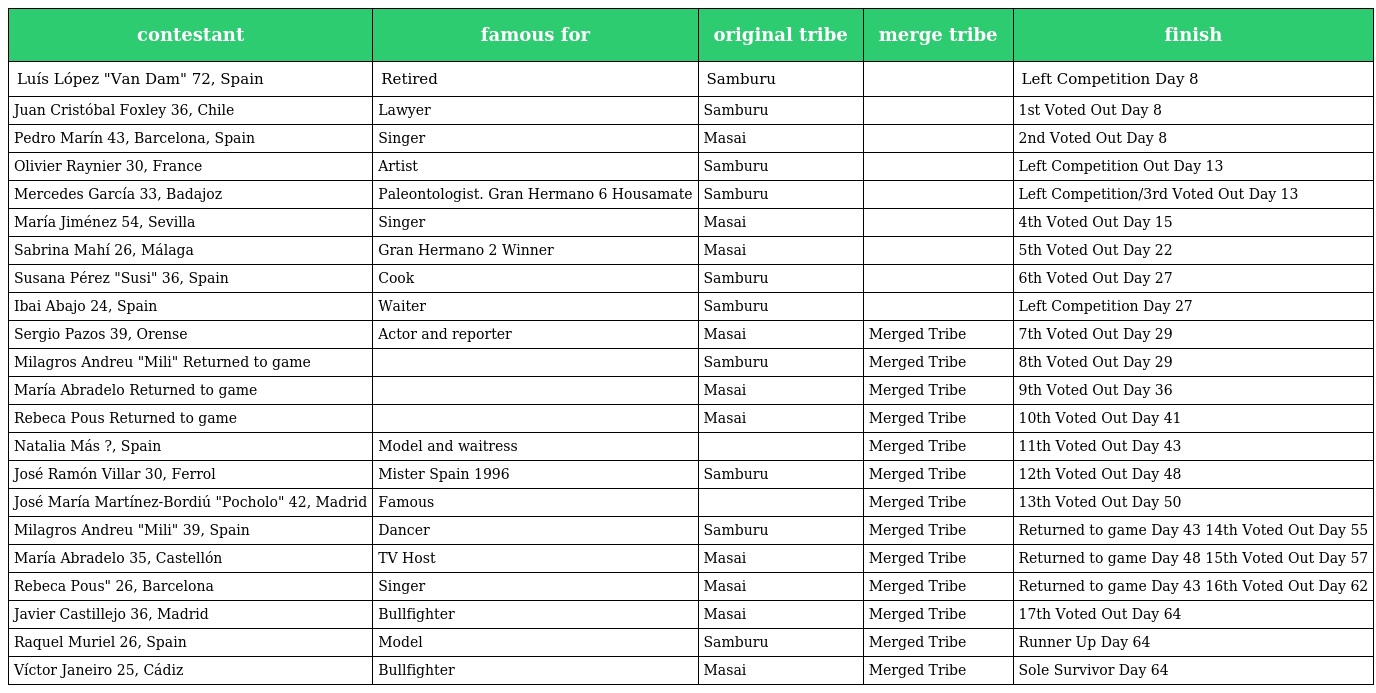
| contestant | famous for | original tribe | merge tribe | finish |
 | --- | --- | --- | --- | --- |
 | Luís López "Van Dam" 72, Spain | Retired | Samburu |  | Left Competition Day 8 |
 | Juan Cristóbal Foxley 36, Chile | Lawyer | Samburu |  | 1st Voted Out Day 8 |
 | Pedro Marín 43, Barcelona, Spain | Singer | Masai |  | 2nd Voted Out Day 8 |
 | Olivier Raynier 30, France | Artist | Samburu |  | Left Competition Out Day 13 |
 | Mercedes García 33, Badajoz | Paleontologist. Gran Hermano 6 Housamate | Samburu |  | Left Competition/3rd Voted Out Day 13 |
 | María Jiménez 54, Sevilla | Singer | Masai |  | 4th Voted Out Day 15 |
 | Sabrina Mahí 26, Málaga | Gran Hermano 2 Winner | Masai |  | 5th Voted Out Day 22 |
 | Susana Pérez "Susi" 36, Spain | Cook | Samburu |  | 6th Voted Out Day 27 |
 | Ibai Abajo 24, Spain | Waiter | Samburu |  | Left Competition Day 27 |
 | Sergio Pazos 39, Orense | Actor and reporter | Masai | Merged Tribe | 7th Voted Out Day 29 |
 | Milagros Andreu "Mili" Returned to game |  | Samburu | Merged Tribe | 8th Voted Out Day 29 |
 | María Abradelo Returned to game |  | Masai | Merged Tribe | 9th Voted Out Day 36 |
 | Rebeca Pous Returned to game |  | Masai | Merged Tribe | 10th Voted Out Day 41 |
 | Natalia Más ?, Spain | Model and waitress |  | Merged Tribe | 11th Voted Out Day 43 |
 | José Ramón Villar 30, Ferrol | Mister Spain 1996 | Samburu | Merged Tribe | 12th Voted Out Day 48 |
 | José María Martínez-Bordiú "Pocholo" 42, Madrid | Famous |  | Merged Tribe | 13th Voted Out Day 50 |
 | Milagros Andreu "Mili" 39, Spain | Dancer | Samburu | Merged Tribe | Returned to game Day 43 14th Voted Out Day 55 |
 | María Abradelo 35, Castellón | TV Host | Masai | Merged Tribe | Returned to game Day 48 15th Voted Out Day 57 |
 | Rebeca Pous" 26, Barcelona | Singer | Masai | Merged Tribe | Returned to game Day 43 16th Voted Out Day 62 |
 | Javier Castillejo 36, Madrid | Bullfighter | Masai | Merged Tribe | 17th Voted Out Day 64 |
 | Raquel Muriel 26, Spain | Model | Samburu | Merged Tribe | Runner Up Day 64 |
 | Víctor Janeiro 25, Cádiz | Bullfighter | Masai | Merged Tribe | Sole Survivor Day 64 |